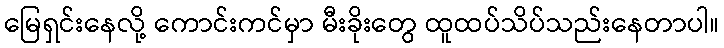
မြေရှင်းနေလို့ ကောင်းကင်မှာ မီးခိုးတွေ ထူထပ်သိပ်သည်းနေတာပါ။